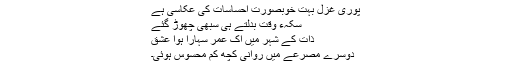
پوری غزل بہت خوبصورت احساسات کی عکاسی ہے
سکہء وقت بدلتے ہی سبھی چھوڑ گئے
ذات کے شہر میں اک عمر سہارا ہوا عشق
دوسرے مصرعے میں روانی کچھ کم محسوس ہوئی۔